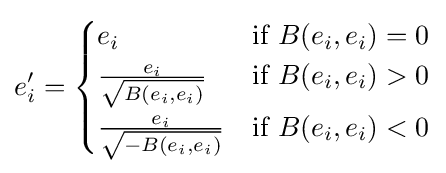
e'_{i}={\begin{cases}e_{i}&{\text{if }}B(e_{i},e_{i})=0\\{\frac {e_{i}}{\sqrt {B(e_{i},e_{i})}}}&{\text{if }}B(e_{i},e_{i})>0\\{\frac {e_{i}}{\sqrt {-B(e_{i},e_{i})}}}&{\text{if }}B(e_{i},e_{i})<0\end{cases}}